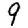
Digit: 9